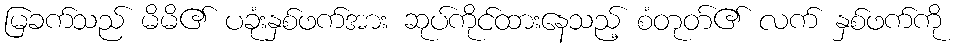
မြခက်သည် မိမိ၏ ပခုံးနှစ်ဖက်အား ဆုပ်ကိုင်ထားနေသည့် စံတုတ်၏ လက် နှစ်ဖက်ကို